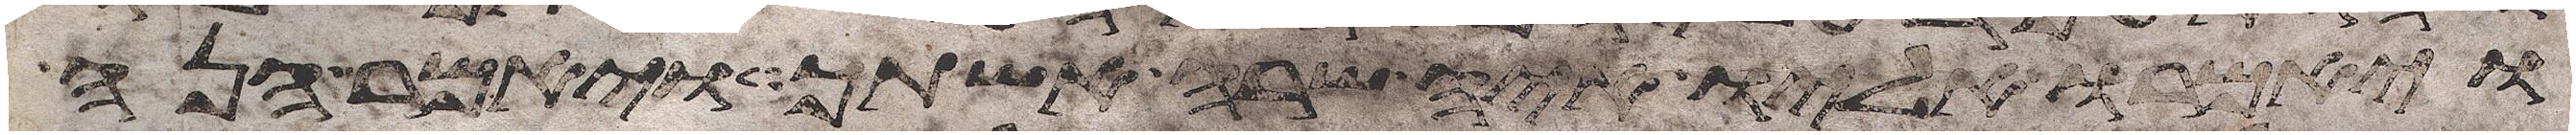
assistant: ויאמרו אליו איה שרה אשתך ויאמר הנה